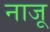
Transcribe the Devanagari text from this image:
नाजू